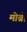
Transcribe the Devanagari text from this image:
मोब्रो